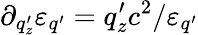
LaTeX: \partial_{q_{z}^{\prime}}\varepsilon_{q^{\prime}}=q_{z}^{\prime}c^{2}/\varepsilon_{q^{\prime}}